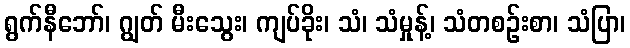
ရွက်နီဘော်၊ ဂျွတ် မီးသွေး၊ ကျပ်ခိုး၊ သံ၊ သံမှုန့်၊ သံတစဉ်းစာ၊ သံပြာ၊